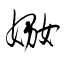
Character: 嫐